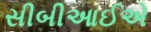
સીબીઆઈએ